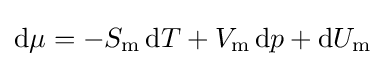
\mathrm {d} \mu =-S_{\rm {m}}\,\mathrm {d} T+V_{\rm {m}}\,\mathrm {d} p+\mathrm {d} U_{\rm {m}}